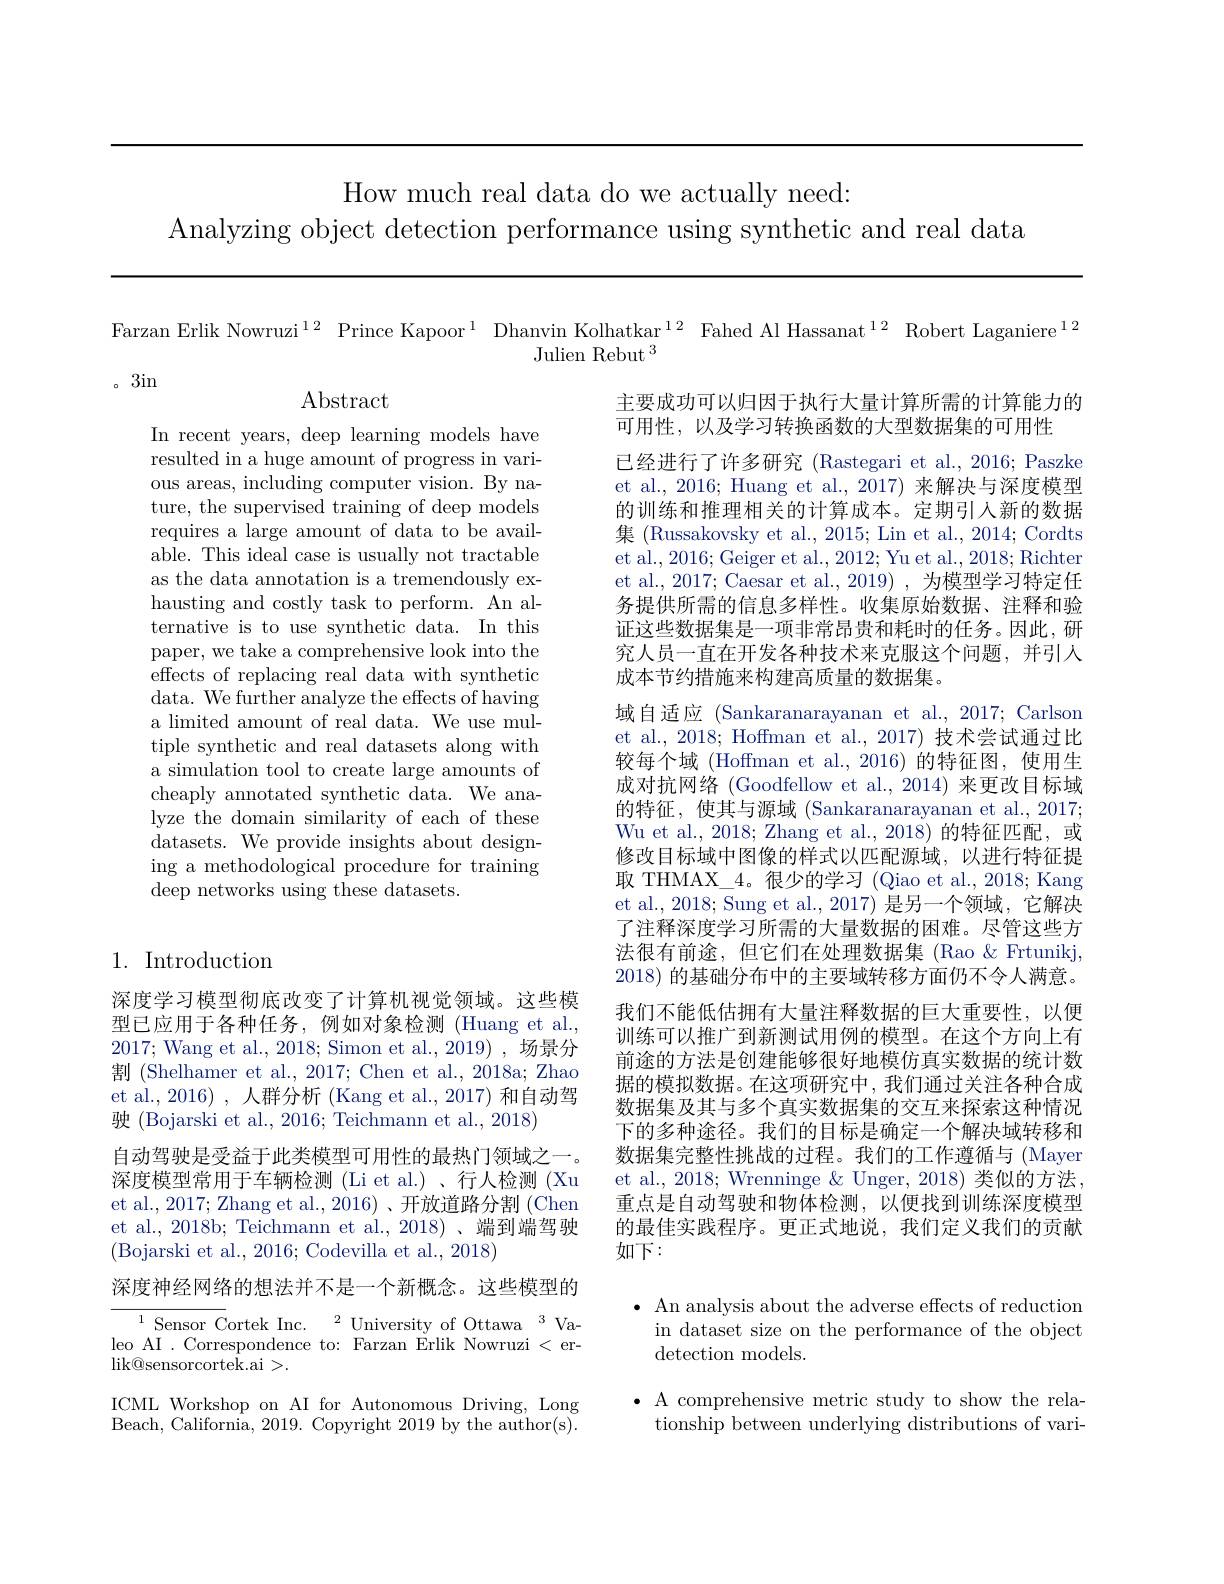
How much real data do we actually need:
Analyzing object detection performance using synthetic and real data

Farzan Erlik Nowruzi$^{12}$ Prince Kapoor$^{1}$ Dhanvin Kolhatkar$^{12}$ Fahed Al Hassanat$^{12}$ Robert Laganiere$^{12}$
Julien Rebut $^3$

。3in

$\operatorname{Abstract}$

In recent years, deep learning models have resulted in a huge amount of progress in various areas, including computer vision. By nature, the supervised training of deep models requires a large amount of data to be available. This ideal case is usually not tractable as the data annotation is a tremendously exhausting and costly task to perform. An alternative is to use synthetic data. In this paper, we take a comprehensive look into the effects of replacing real data with synthetic data. We further analyze the effects of having a limited amount of real data. We use multiple synthetic and real datasets along with a simulation tool to create large amounts of cheaply annotated synthetic data. We analyze the domain similarity of each of these datasets. We provide insights about designing a methodological procedure for training deep networks using these datasets.

主要成功可以归因于执行大量计算所需的计算能力的
可用性，以及学习转换函数的大型数据集的可用性
已经进行了许多研究 (Rastegari et al., 2016; Paszke et al., 2016; Huang et al., 2017) 来解决与深度模型的训练和推理相关的计算成本。定期引入新的数据集 (Russakovsky et al., 2015; Lin et al., 2014; Cordts et al., 2016; Geiger et al., 2012; Yu et al., 2018; Richter et al., 2017; Caesar et al., 2019) , 为模型学习特定任务提供所需的信息多样性。收集原始数据、注释和验证这些数据集是一项非常昂贵和耗时的任务。因此，研究人员一直在开发各种技术来克服这个问题，并引人成本节约措施来构建高质量的数据集。
域自适应 (Sankaranarayanan et al., 2017; Carlson et al., 2018; Hoffman et al., 2017) 技术尝试通过比较每个域 (Hoffman et al.,2016)的特征图，使用生成对抗网络 (Goodfellow et al.,2014) 来更改目标域的特征，使其与源域 (Sankaranarayanan et al.,2017; Wu et al., 2018; Zhang et al., 2018) 的特征匹配，或修改目标域中图像的样式以匹配源域，以进行特征提取 THMAX\_4。很少的学习 (Qiao et al., 2018; Kang et al., 2018; Sung et al., 2017) 是另一个领域，它解决了注释深度学习所需的大量数据的困难。尽管这些方法很有前途，但它们在处理数据集 (Rao $\&$ Frtunikj, 2018)的基础分布中的主要域转移方面仍不令人满意。我们不能低估拥有大量注释数据的巨大重要性，以便训练可以推广到新测试用例的模型。在这个方向上有前途的方法是创建能够很好地模仿真实数据的统计数据的模拟数据。在这项研究中，我们通过关注各种合成数据集及其与多个真实数据集的交互来探索这种情况下的多种途径。我们的目标是确定一个解决域转移和数据集完整性挑战的过程。我们的工作遵循与 (Mayer et al., 2018; Wrenninge & Unger, 2018) 类似的方法， 重点是自动驾驶和物体检测，以便找到训练深度模型的最佳实践程序。更正式地说，我们定义我们的贡献如下：

## 1. Introduction

深度学习模型彻底改变了计算机视觉领域。这些模型已应用于各种任务，例如对象检测(Huang et al., 2017; Wang et al., 2018; Simon et al., 2019), 场景分割 (Shelhamer et al., 2017; Chen et al., 2018a; Zhao et al., 2016) , 人群分析 (Kang et al., 2017) 和自动驾驶 (Bojarski et al., 2016; Teichmann et al., 2018)
自动驾驶是受益于此类模型可用性的最热门领域之一。深度模型常用于车辆检测 (Li et al.) 、行人检测 (Xu et al., 2017; Zhang et al., 2016)、开放道路分割(Chen et al., 2018b; Teichmann et al.,2018)、端到端驾驶(Bojarski et al., 2016; Codevilla et al., 2018)
深度神经网络的想法并不是一个新概念。这些模型的${\frac{{1}\text{Sensor C}}{\mathrm{ortek~Inc.}}}^{2}$University of Ottawa$^{3}$Valeo AI .Correspondence to: Farzan Erlik Nowruzi < erlik@ sensorcortek. ai> .
ICML Workshop on AI for Autonomous Driving, Long Beach, California, 2019. Copyright 2019 by the author(s).

$\bullet$ An analysis about the adverse effects of reduction in dataset size on the performance of the object detection models.

$\bullet$ A comprehensive metric study to show the rela-
tionship between underlying distributions of vari-